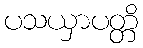
ပသယှာပတ္တိ